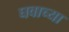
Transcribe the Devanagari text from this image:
घवाच्या